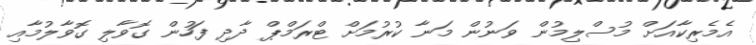
އެމެރިކާއަށް މުސްލިމުން ވަނުން މަނާ ކުރުމަށް ޓްރަމްޕް ދާދި ފަހުން ގޮވާލި ގޮވާލުމާއި